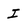
Character: I